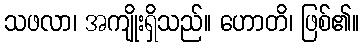
သဖလာ၊ အကျိုးရှိသည်။ ဟောတိ၊ ဖြစ်၏။